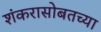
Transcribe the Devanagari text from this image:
शंकरासोबतच्या